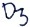
Text: D3